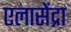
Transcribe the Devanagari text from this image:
एलासेंद्रा